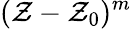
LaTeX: (\mathcal{Z}-\mathcal{Z}_{0})^{m}